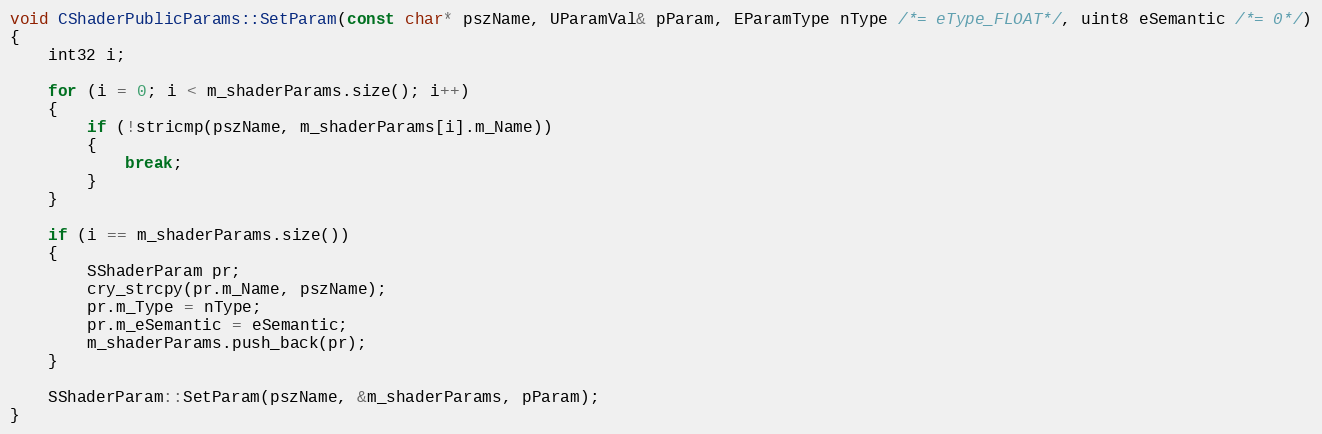
Language: C++
void CShaderPublicParams::SetParam(const char* pszName, UParamVal& pParam, EParamType nType /*= eType_FLOAT*/, uint8 eSemantic /*= 0*/)
{
	int32 i;

	for (i = 0; i < m_shaderParams.size(); i++)
	{
		if (!stricmp(pszName, m_shaderParams[i].m_Name))
		{
			break;
		}
	}

	if (i == m_shaderParams.size())
	{
		SShaderParam pr;
		cry_strcpy(pr.m_Name, pszName);
		pr.m_Type = nType;
		pr.m_eSemantic = eSemantic;
		m_shaderParams.push_back(pr);
	}

	SShaderParam::SetParam(pszName, &m_shaderParams, pParam);
}